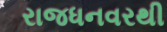
રાજધનવરથી